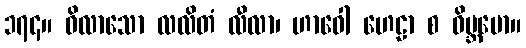
၁၇၄။ ဝိလာသော လလိတံ လီလာ၊ ဟာဝေါ ဟေဠာ စ ဝိဗ္ဘမော။